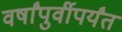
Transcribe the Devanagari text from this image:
वर्षांपुर्वीपर्यंत